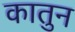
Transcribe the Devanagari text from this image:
कातुन